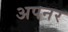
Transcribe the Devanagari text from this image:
अपनर